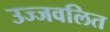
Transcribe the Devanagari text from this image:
उज्जवलित